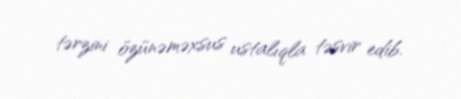
tərzini özünəməxsus ustalıqla təsvir edib.